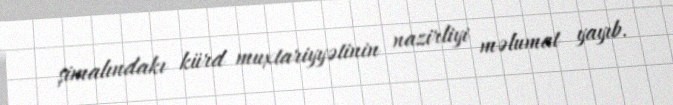
şimalındakı kürd muxtariyyətinin nazirliyi məlumat yayıb.